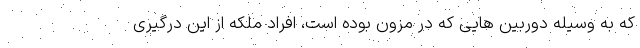
که به وسیله دوربین هایی که در مزون بوده است، افراد ملکه از این درگیری